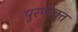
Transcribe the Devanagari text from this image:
पुरणोक्त